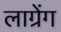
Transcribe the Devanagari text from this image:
लाग्रेंग